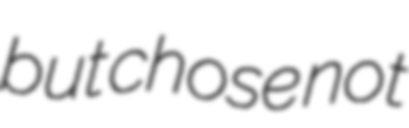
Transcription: but chose not